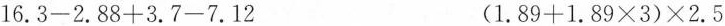
$$ 1 6 . 3 - 2 . 8 8 + 3 . 7 - 7 . 1 2 $$ $$ ( 1 . 8 9 + 1 . 8 9 \times 3 ) \times 2 . 5$$